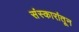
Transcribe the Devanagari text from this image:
संस्कारांतून